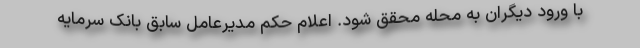
با ورود ديگران به محله محقق شود. اعلام حکم مدیرعامل سابق بانک سرمایه